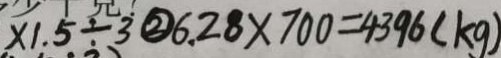
x 1 . 5 \div 3 \textcircled { 2 } 6 . 2 8 \times 7 0 0 = 4 3 9 6 ( k g )